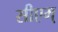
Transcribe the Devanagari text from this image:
सीएम्